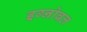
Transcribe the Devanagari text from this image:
इग्नोबल